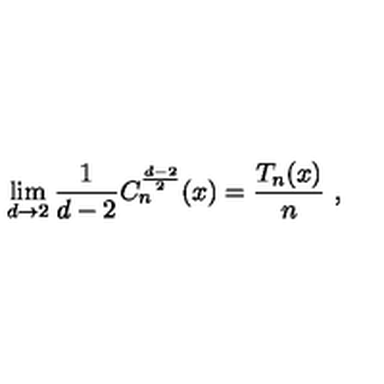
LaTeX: \lim _ { d \to 2 } \frac 1 { d - 2 } C _ { n } ^ { \frac { d - 2 } 2 } ( x ) = \frac { T _ { n } ( x ) } n \ , \nonumber \,